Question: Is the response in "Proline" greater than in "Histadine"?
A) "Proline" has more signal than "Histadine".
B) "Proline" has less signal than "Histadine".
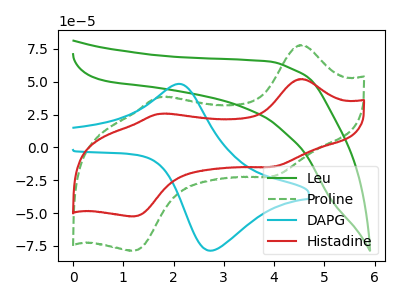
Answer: <think>The green curve "Leu" has no peaks. The green dashed curve "Proline" has anodic peaks at (4.55V, 77.90uA) (1.75V, 38.25uA) and cathodic peaks at (3.95V, -22.15uA) (1.20V, -78.65uA). The cyan curve "DAPG" has an anodic peak at (2.10V, 48.20uA) and a cathodic peak at (2.75V, -78.55uA). The red curve "Histadine" has anodic peaks at (4.55V, 52.00uA) (1.75V, 25.55uA) and cathodic peaks at (3.95V, -14.80uA) (1.20V, -52.50uA).
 All the peaks in "Proline" have a peak in "Histadine" at the same potential. Every peak in "Proline" is higher than every peak in "Histadine".</think>
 <answer>A) "Proline" has more signal than "Histadine".</answer>
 <eval>A</eval>